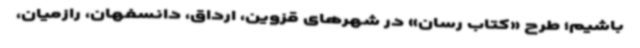
باشیم؛ طرح «کتاب رسان» در شهرهای قزوین، ارداق، دانسفهان، رازمیان،